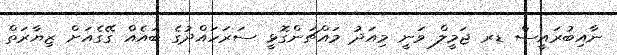
ނާއިބުރައީސް ޑރ ޖަމީލް ވަނީ މިއަދު މައްޗަންގޮޅީ ސަރަހައްދުގެ ބައެއް ގޭގެއަށް ޒިޔާރަތް